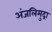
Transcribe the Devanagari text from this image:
अंजलिमुद्रा